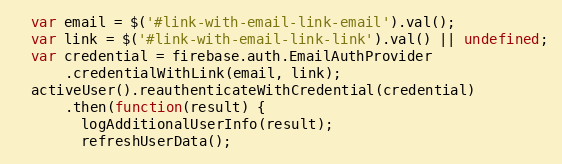
Language: JavaScript
  var email = $('#link-with-email-link-email').val();
  var link = $('#link-with-email-link-link').val() || undefined;
  var credential = firebase.auth.EmailAuthProvider
      .credentialWithLink(email, link);
  activeUser().reauthenticateWithCredential(credential)
      .then(function(result) {
        logAdditionalUserInfo(result);
        refreshUserData();